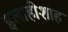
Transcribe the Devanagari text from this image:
इलाहीशाह